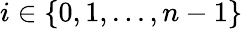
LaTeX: i\in\{ 0,1,...,n-1\}